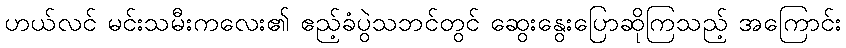
ဟယ်လင် မင်းသမီးကလေး၏ ဧည့်ခံပွဲသဘင်တွင် ဆွေးနွေးပြောဆိုကြသည့် အကြောင်း